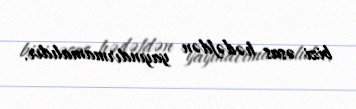
bizi əsas hədəfdən yayındırmamalıdır.